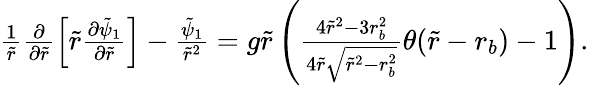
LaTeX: \begin{array}{r}{\frac{1}{\tilde{r}}\frac{\partial}{\partial\tilde{r}}\left[\tilde{r}\frac{\partial\tilde{\psi}_{1}}{\partial\tilde{r}}\right]-\frac{\tilde{\psi}_{1}}{\tilde{r}^{2}}=g\tilde{r}\left(\frac{4\tilde{r}^{2}-3r_{b}^{2}}{4\tilde{r}\sqrt{\tilde{r}^{2}-r_{b}^{2}}}\theta(\tilde{r}-r_{b})-1\right).}\end{array}